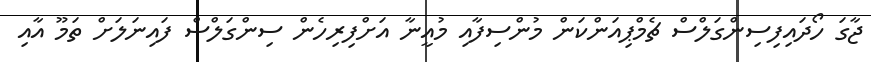
ޖާގަ ހޯދައިފިސިންގަލްސް ޗެމްޕިއަންކަން މުންސިފާއި މުއީނާ އަށްފިރިހެން ސިންގަލްސް ފައިނަލަށް ތަމޫ އާއި